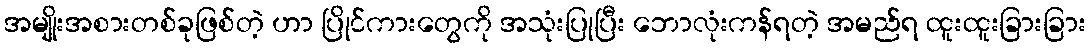
အမျိုးအစားတစ်ခုဖြစ်တဲ့ ဟာ ပြိုင်ကားတွေကို အသုံးပြုပြီး ဘောလုံးကန်ရတဲ့ အမည်ရ ထူးထူးခြားခြား